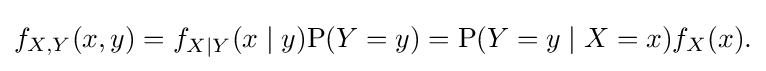
{\begin{aligned}f_{X,Y}(x,y)=f_{X\mid Y}(x\mid y)\mathrm {P} (Y=y)=\mathrm {P} (Y=y\mid X=x)f_{X}(x).\end{aligned}}